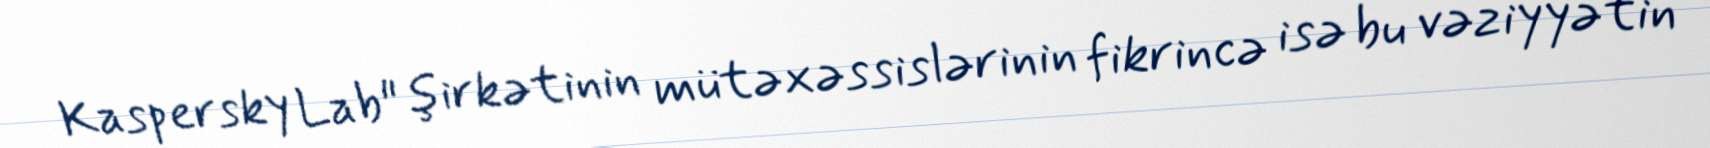
Kaspersky Lab" şirkətinin mütəxəssislərinin fikrincə isə bu vəziyyətin